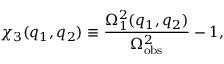
\chi _ { 3 } ( q _ { 1 } , q _ { 2 } ) \equiv \frac { \Omega _ { 1 } ^ { 2 } ( q _ { 1 } , q _ { 2 } ) } { \Omega _ { \mathrm { o b s } } ^ { 2 } } - 1 ,